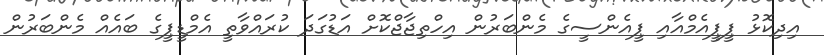
އިދިިކޮޅު ޕީޕީއެމްއާއި ޕީއެންސީގެ މެންބަރުން އިހްތިޖާޖްކޮށް އަޑުގަދަ ކުރައްވާތީ އެމްޑީޕީގެ ބައެއް މެންބަރުން